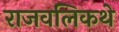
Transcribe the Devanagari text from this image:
राजवलिकथे